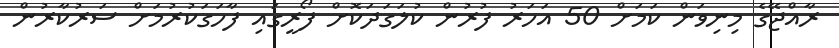
ރާއްޖޭގެ މިނިވަން ކަމަށް 50 އަހަރު ފުރުން ކުލަގަދަކޮށް ފޯރީގައި ފާހަގަކުރުމަށް ސަރުކާރުން